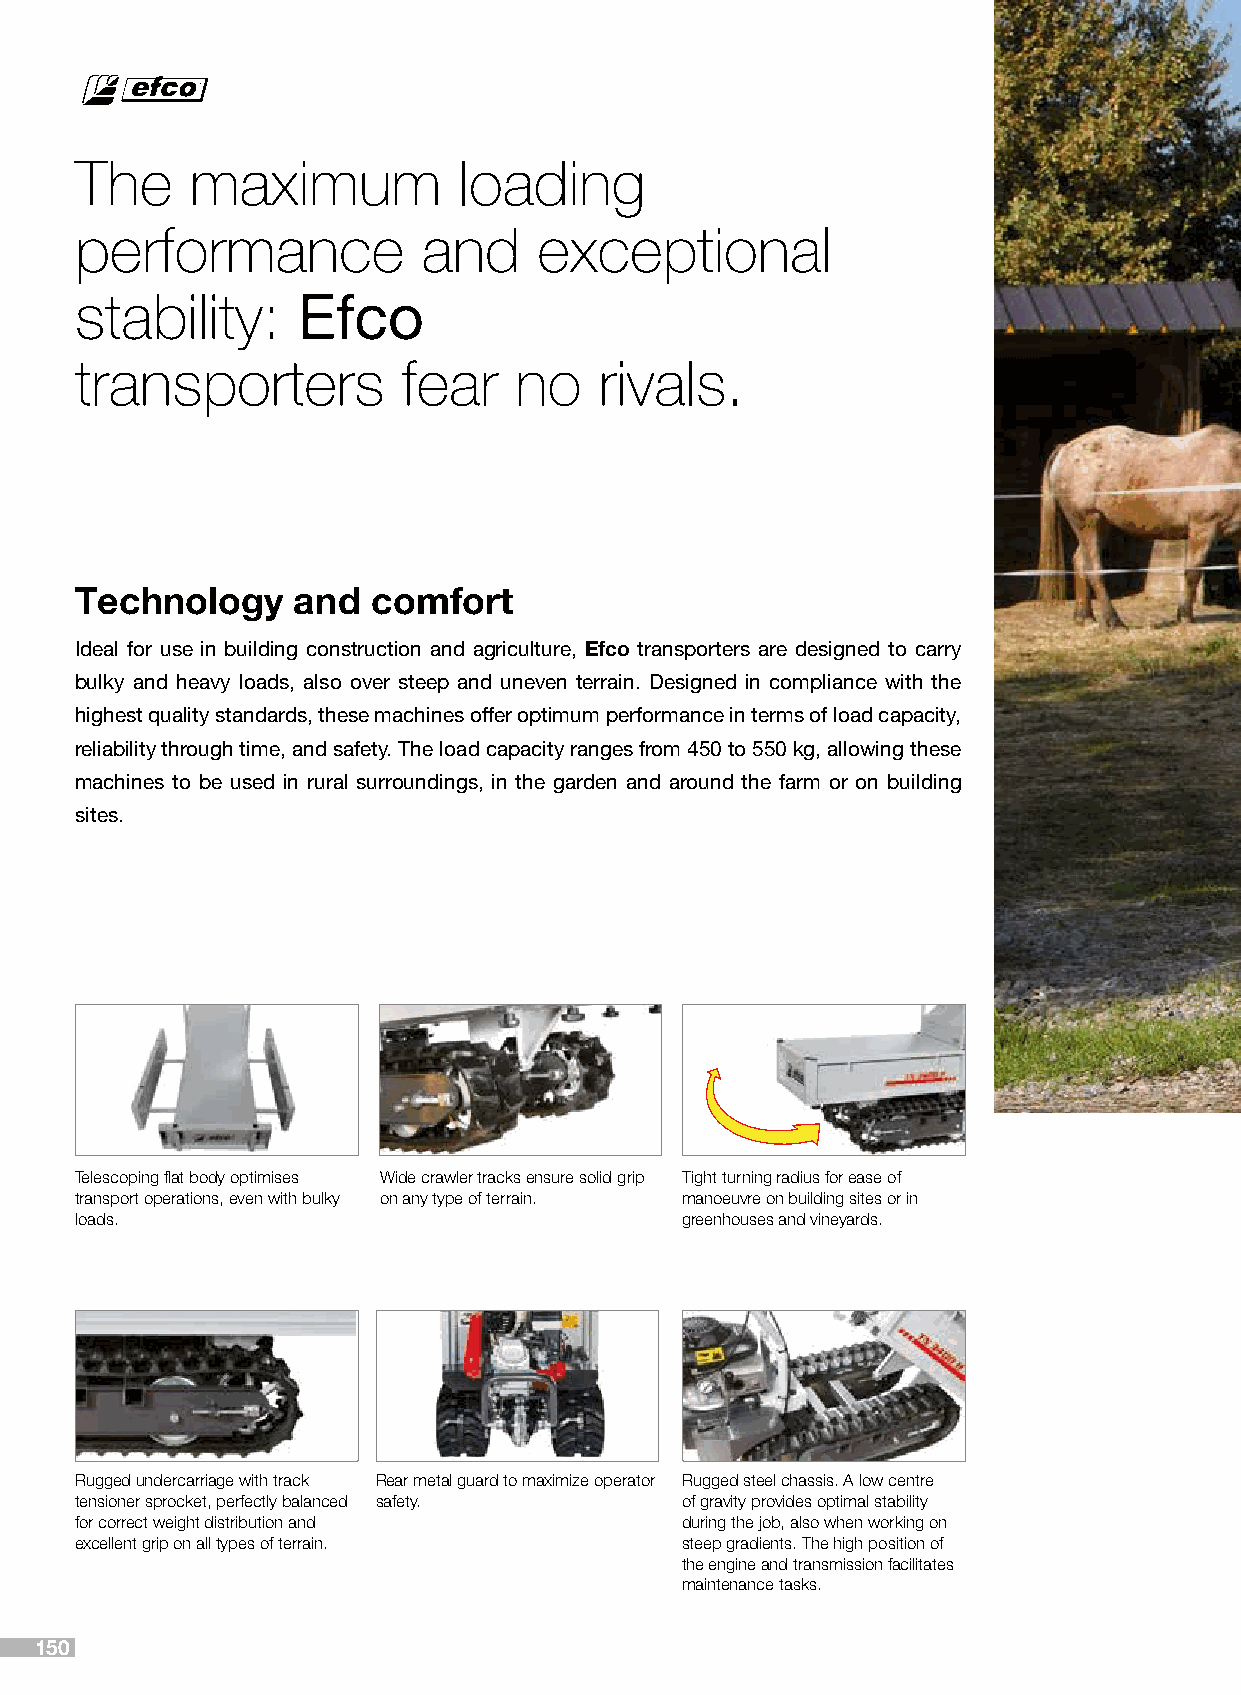
The     maximum          loading
 performance            and     exceptional
 stability:     Efco
 transporters          fear   no    rivals.
 Technology    and   comfort
 Ideal for use in building construction and agriculture, Efco transporters are designed to carry
 bulky and heavy loads, also over steep and uneven terrain. Designed in compliance with the
 highest quality standards, these machines offer optimum performance in terms of load capacity,
 reliability through time, and safety. The load capacity ranges from 450 to 550 kg, allowing these
 machines to be used in rural surroundings, in the garden and around the farm or on building
 sites.
 Telescoping flat body optimises Wide crawler tracks ensure solid grip Tight turning radius for ease of
 transport operations, even with bulky on any type of terrain. manoeuvre on building sites or in
 loads.                                  greenhouses and vineyards.
 Rugged undercarriage with track Rear metal guard to maximize operator Rugged steel chassis. A low centre
 tensioner sprocket, perfectly balanced safety. of gravity provides optimal stability
 for correct weight distribution and     during the job, also when working on
 excellent grip on all types of terrain. steep gradients. The high position of
 the engine and transmission facilitates
 maintenance tasks.
 150